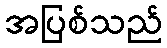
အပြစ်သည်